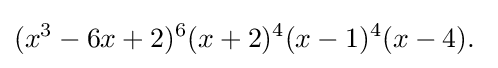
(x^{3}-6x+2)^{6}(x+2)^{4}(x-1)^{4}(x-4).\